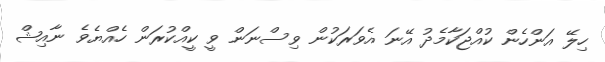
ހިލޭ އަންހެން ކުއްޖަކާމެދު އޭނަ އެވަރަކުން ވިސްނަން ވީ ކީއްކުރަން ހެއްޔެވެ ނާއިޝް